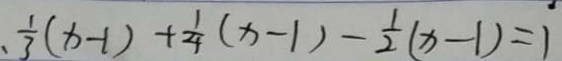
. \frac { 1 } { 3 } ( x - 1 ) + \frac { 1 } { 4 } ( x - 1 ) - \frac { 1 } { 2 } ( x - 1 ) = 1